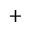
+